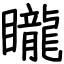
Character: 矓